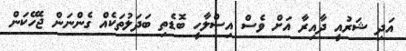
އަދި ޝަރުއީ ދާއިރާ އަށް ވެސް އިސްލާހީ ބޮޑެތި ބަދަލުތަކެއް ގެންނަން ޖެހޭކަން